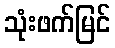
သုံးဖက်မြင်